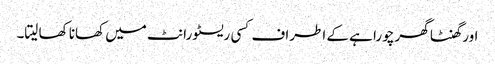
اور گھنٹا گھر چورا ہے کے اطراف کسی ریسٹورانٹ میں کھانا کھا لیتا۔